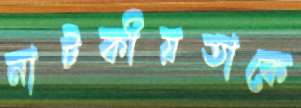
নাটকীয়তাকে